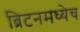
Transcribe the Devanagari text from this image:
ब्रिटनमध्येच